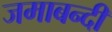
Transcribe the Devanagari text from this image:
जमाबन्दी